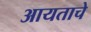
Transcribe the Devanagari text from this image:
आयताचे